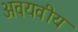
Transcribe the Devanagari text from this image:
अवयवीय